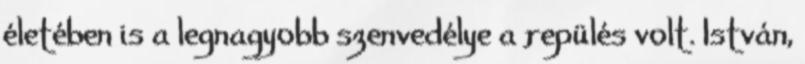
életében is a legnagyobb szenvedélye a repülés volt. István,